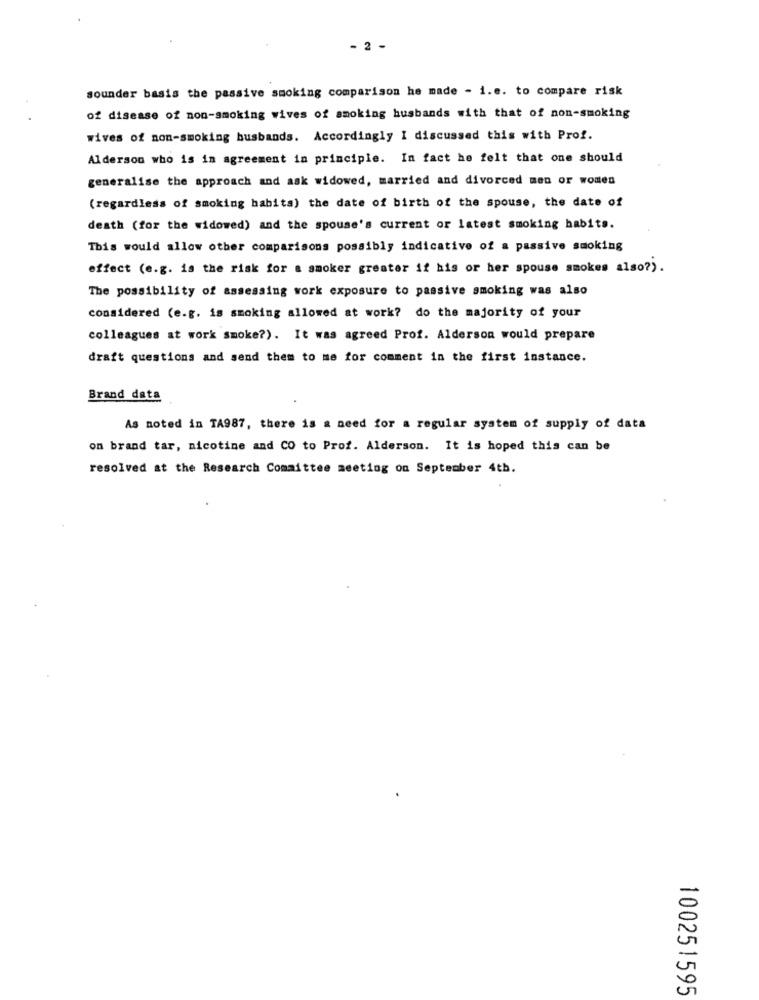
- 2 -
sounder basis the passive smoking comparison he made - i.e. to compare risk
of disease of non-smoking wives of smoking husbands with that of non-smoking
wives of non-smoking husbands. Accordingly I discussed this with Prof.
Alderson who is in agreement in principle. In fact he felt that one should
generalise the approach and ask widowed, married and divorced men or women
(regardless of smoking habita) the date of birth of the spouse, the date of
death (for the widowed) and the spouse's current or latest smoking habits.
This would allow other comparisons possibly indicative of a passive smoking
effect (e.g. is the risk for a smoker greater if his or her spouse smokes also?).
The possibility of assessing work exposure to passive smoking was also
considered (e.g. is smoking allowed at work? do the majority of your
colleagues at work smoke?). It was agreed Prof. Alderson would prepare
draft questions and send them to me for comment in the first instance.
Brand data
As noted in TA987, there is a need for a regular system of supply of data
on brand tar, nicotine and CO to Prof. Alderson. It is hoped this can be
resolved at the Research Committee meeting on September 4th.
100251595